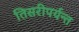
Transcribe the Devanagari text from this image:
तिसरीपर्यन्त